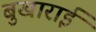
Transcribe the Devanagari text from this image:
बुखाराई